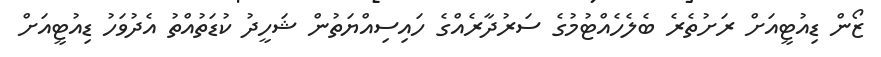
ޒޯން ޑިއުޓީއަށް ރަށުތެރެ ބެލެހެއްޓުމުގެ ސަރުދާރެއްގެ ހައިސިއްޔަތުން ޝަހީދު ކުޑަތުއްތު އެދުވަހު ޑިއުޓީއަށް